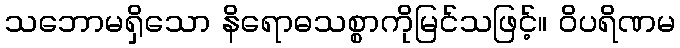
သဘောမရှိသော နိရောဓသစ္စာကိုမြင်သဖြင့်။ ဝိပရိဏမ